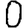
Digit: 0